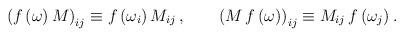
LaTeX: \begin{align*}\left(f \left( \omega \right) M \right)_{ij} \equiv f\left( \omega_i \right) M_{ij}\,,\qquad \left(M \, f\left( \omega \right) \right)_{ij} \equiv M_{ij} \,f \left( \omega_j \right).\end{align*}